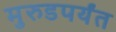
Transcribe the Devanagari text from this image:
मुरुडपर्यंत